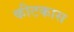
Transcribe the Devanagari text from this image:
कीटकास